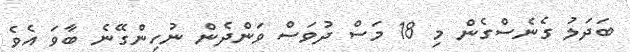
ބަދަލު ގެނެސްގެން މި 18 މަސް ދުވަސް ވަންދެން ނުހިންގޭނެ ބާވަ އެވެ